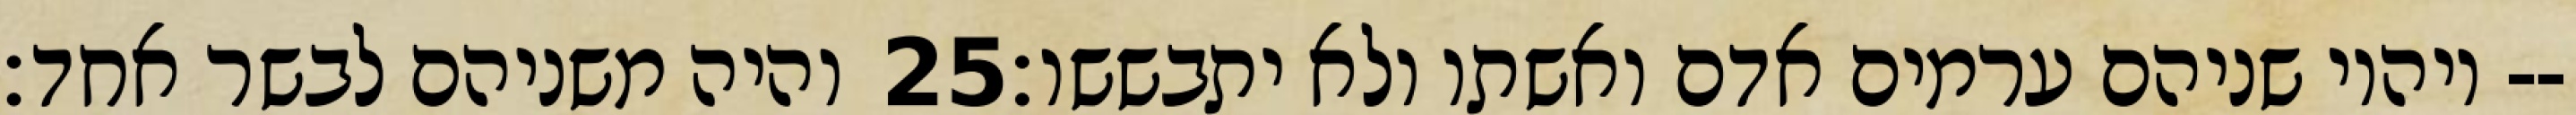
והיה משניהם לבשר אחד׃ ‎25‏ ויהיו שניהם ערמים אדם ואשתו ולא יתבששו׃--